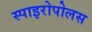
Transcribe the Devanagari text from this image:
स्पाइरोपोलस